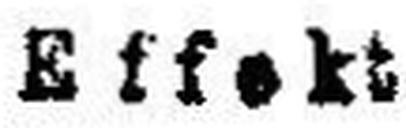
Effekt